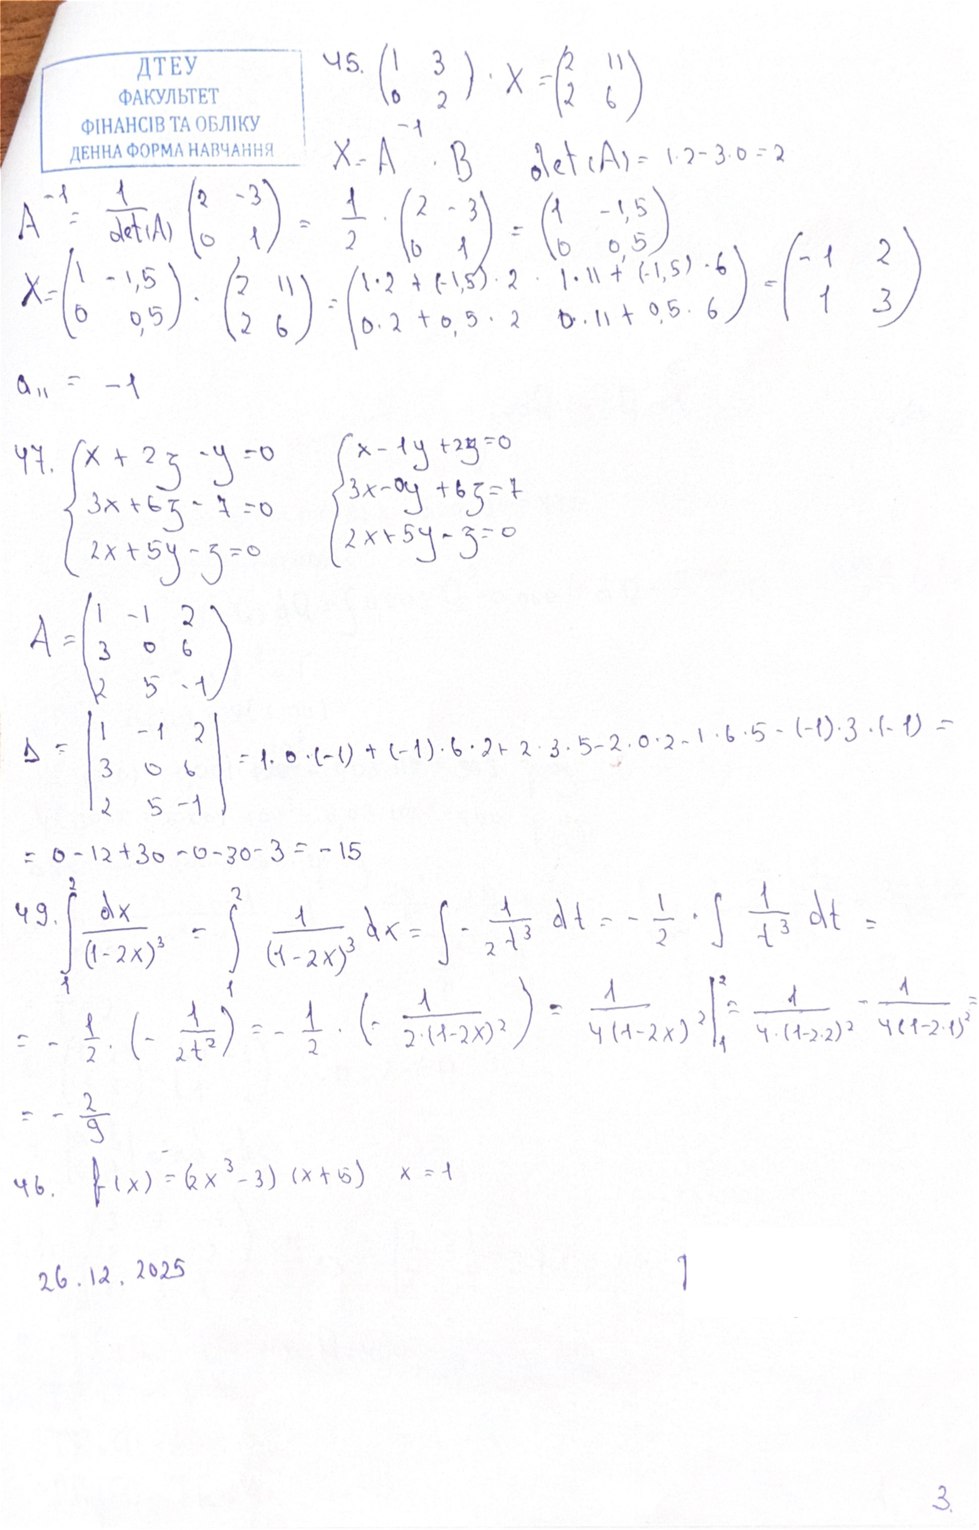
45. \begin{pmatrix} 1 & 3 \\ 0 & 2 \end{pmatrix} \cdot X = \begin{pmatrix} 2 & 11 \\ 2 & 6 \end{pmatrix}
X = A^{-1} . B det(A) = 1 . 2 - 3 . 0 = 2
A^{-1} = \frac{1}{\det(A)} \begin{pmatrix} 2 & -3 \\ 0 & 1 \end{pmatrix} = \frac{1}{2} \cdot \begin{pmatrix} 2 & -3 \\ 0 & 1 \end{pmatrix} = \begin{pmatrix} 1 & -1,5 \\ 0 & 0,5 \end{pmatrix}
X = \begin{pmatrix} 1 & -1,5 \\ 0 & 0,5 \end{pmatrix} \cdot \begin{pmatrix} 2 & 11 \\ 2 & 6 \end{pmatrix} = \begin{pmatrix} 1 \cdot 2 + (-1,5) \cdot 2 & 1 \cdot 11 + (-1,5) \cdot 6 \\ 0 \cdot 2 + 0,5 \cdot 2 & 0 \cdot 11 + 0,5 \cdot 6 \end{pmatrix} = \begin{pmatrix} -1 & 2 \\ 1 & 3 \end{pmatrix}
Δ_{11} = -1
47. \begin{cases} x + 2z - y = 0 \\ 3x + 6z - 7 = 0 \\ 2x + 5y - z = 0 \end{cases} \quad \begin{cases} x - 1y + 2z = 0 \\ 3x - 0y + 6z = 7 \\ 2x + 5y - z = 0 \end{cases}
A = \begin{pmatrix} 1 & -1 & 2 \\ 3 & 0 & 6 \\ 2 & 5 & -1 \end{pmatrix}
\Delta = \begin{vmatrix} 1 & -1 & 2 \\ 3 & 0 & 6 \\ 2 & 5 & -1 \end{vmatrix} = 1 \cdot 0 \cdot (-1) + (-1) \cdot 6 \cdot 2 + 2 \cdot 3 \cdot 5 - 2 \cdot 0 \cdot 2 - 1 \cdot 6 \cdot 5 - (-1) \cdot 3 \cdot (-1) =
= 0 - 12 + 30 - 0 - 30 - 3 = - 15
49. \int \frac{dx}{(1-2x)^3} = \int \frac{1}{(1-2x)^3} dx = \int - \frac{1}{2 t^3} dt = - \frac{1}{2} \cdot \int \frac{1}{t^3} dt =
= - \frac{1}{2} \cdot \left( - \frac{1}{2 t^2} \right) = - \frac{1}{2} \cdot \left( - \frac{1}{2 \cdot (1 - 2x)^2} \right) = \left. \frac{1}{4 (1 - 2x)^2} \right|_1^2 = \frac{1}{4 \cdot (1 - 2 \cdot 2)^2} - \frac{1}{4 (1 - 2 \cdot 1)^2} =
= - 2/9
46. \quad f(x) = (2x^3 - 3)(x + 5) \quad x = 1
26.12.2025
3.